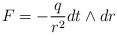
LaTeX: \begin{align*}F = -\frac{q}{r^2} dt \wedge dr \end{align*}